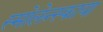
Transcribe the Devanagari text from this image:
स्मोलेन्स्काया